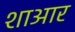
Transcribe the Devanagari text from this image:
शाआर